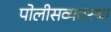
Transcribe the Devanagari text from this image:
पोलीसव्यवस्था